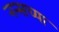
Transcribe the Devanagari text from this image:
नन्सच्या